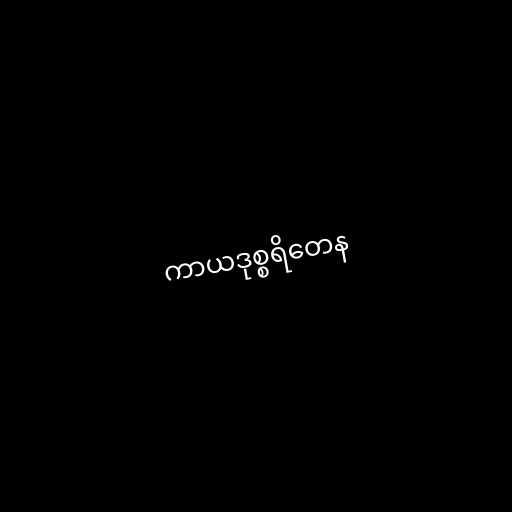
ကာယဒုစ္စရိတေန